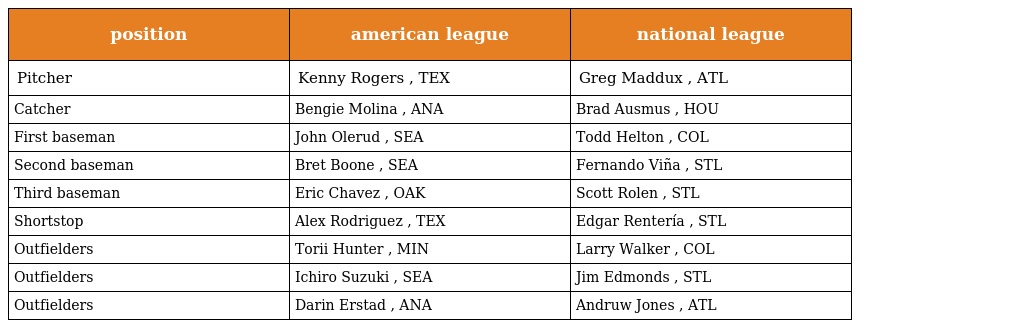
| position | american league | national league |
 | --- | --- | --- |
 | Pitcher | Kenny Rogers , TEX | Greg Maddux , ATL |
 | Catcher | Bengie Molina , ANA | Brad Ausmus , HOU |
 | First baseman | John Olerud , SEA | Todd Helton , COL |
 | Second baseman | Bret Boone , SEA | Fernando Viña , STL |
 | Third baseman | Eric Chavez , OAK | Scott Rolen , STL |
 | Shortstop | Alex Rodriguez , TEX | Edgar Rentería , STL |
 | Outfielders | Torii Hunter , MIN | Larry Walker , COL |
 | Outfielders | Ichiro Suzuki , SEA | Jim Edmonds , STL |
 | Outfielders | Darin Erstad , ANA | Andruw Jones , ATL |